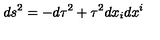
d s ^ { 2 } = - d \tau ^ { 2 } + \tau ^ { 2 } d x _ { i } d x ^ { i }